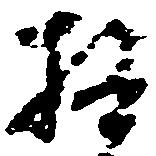
極